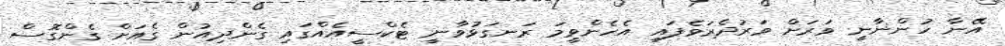
އޭނާ ހުންނާނީ ވަރަށް ވަރުދެރަވެފައި އެހެންވީމަ ރަނގަޅުވާނީ ޓެކްސީއެއްގައި ގެންދިއުން ގެއަށް ގެންގޮސް